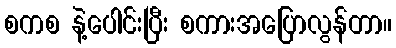
စကစ နဲ့ပေါင်းပြီး စကားအပြောလွန်တာ။